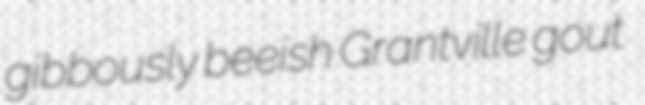
gibbously beeish Grantville gout